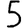
Digit: 5